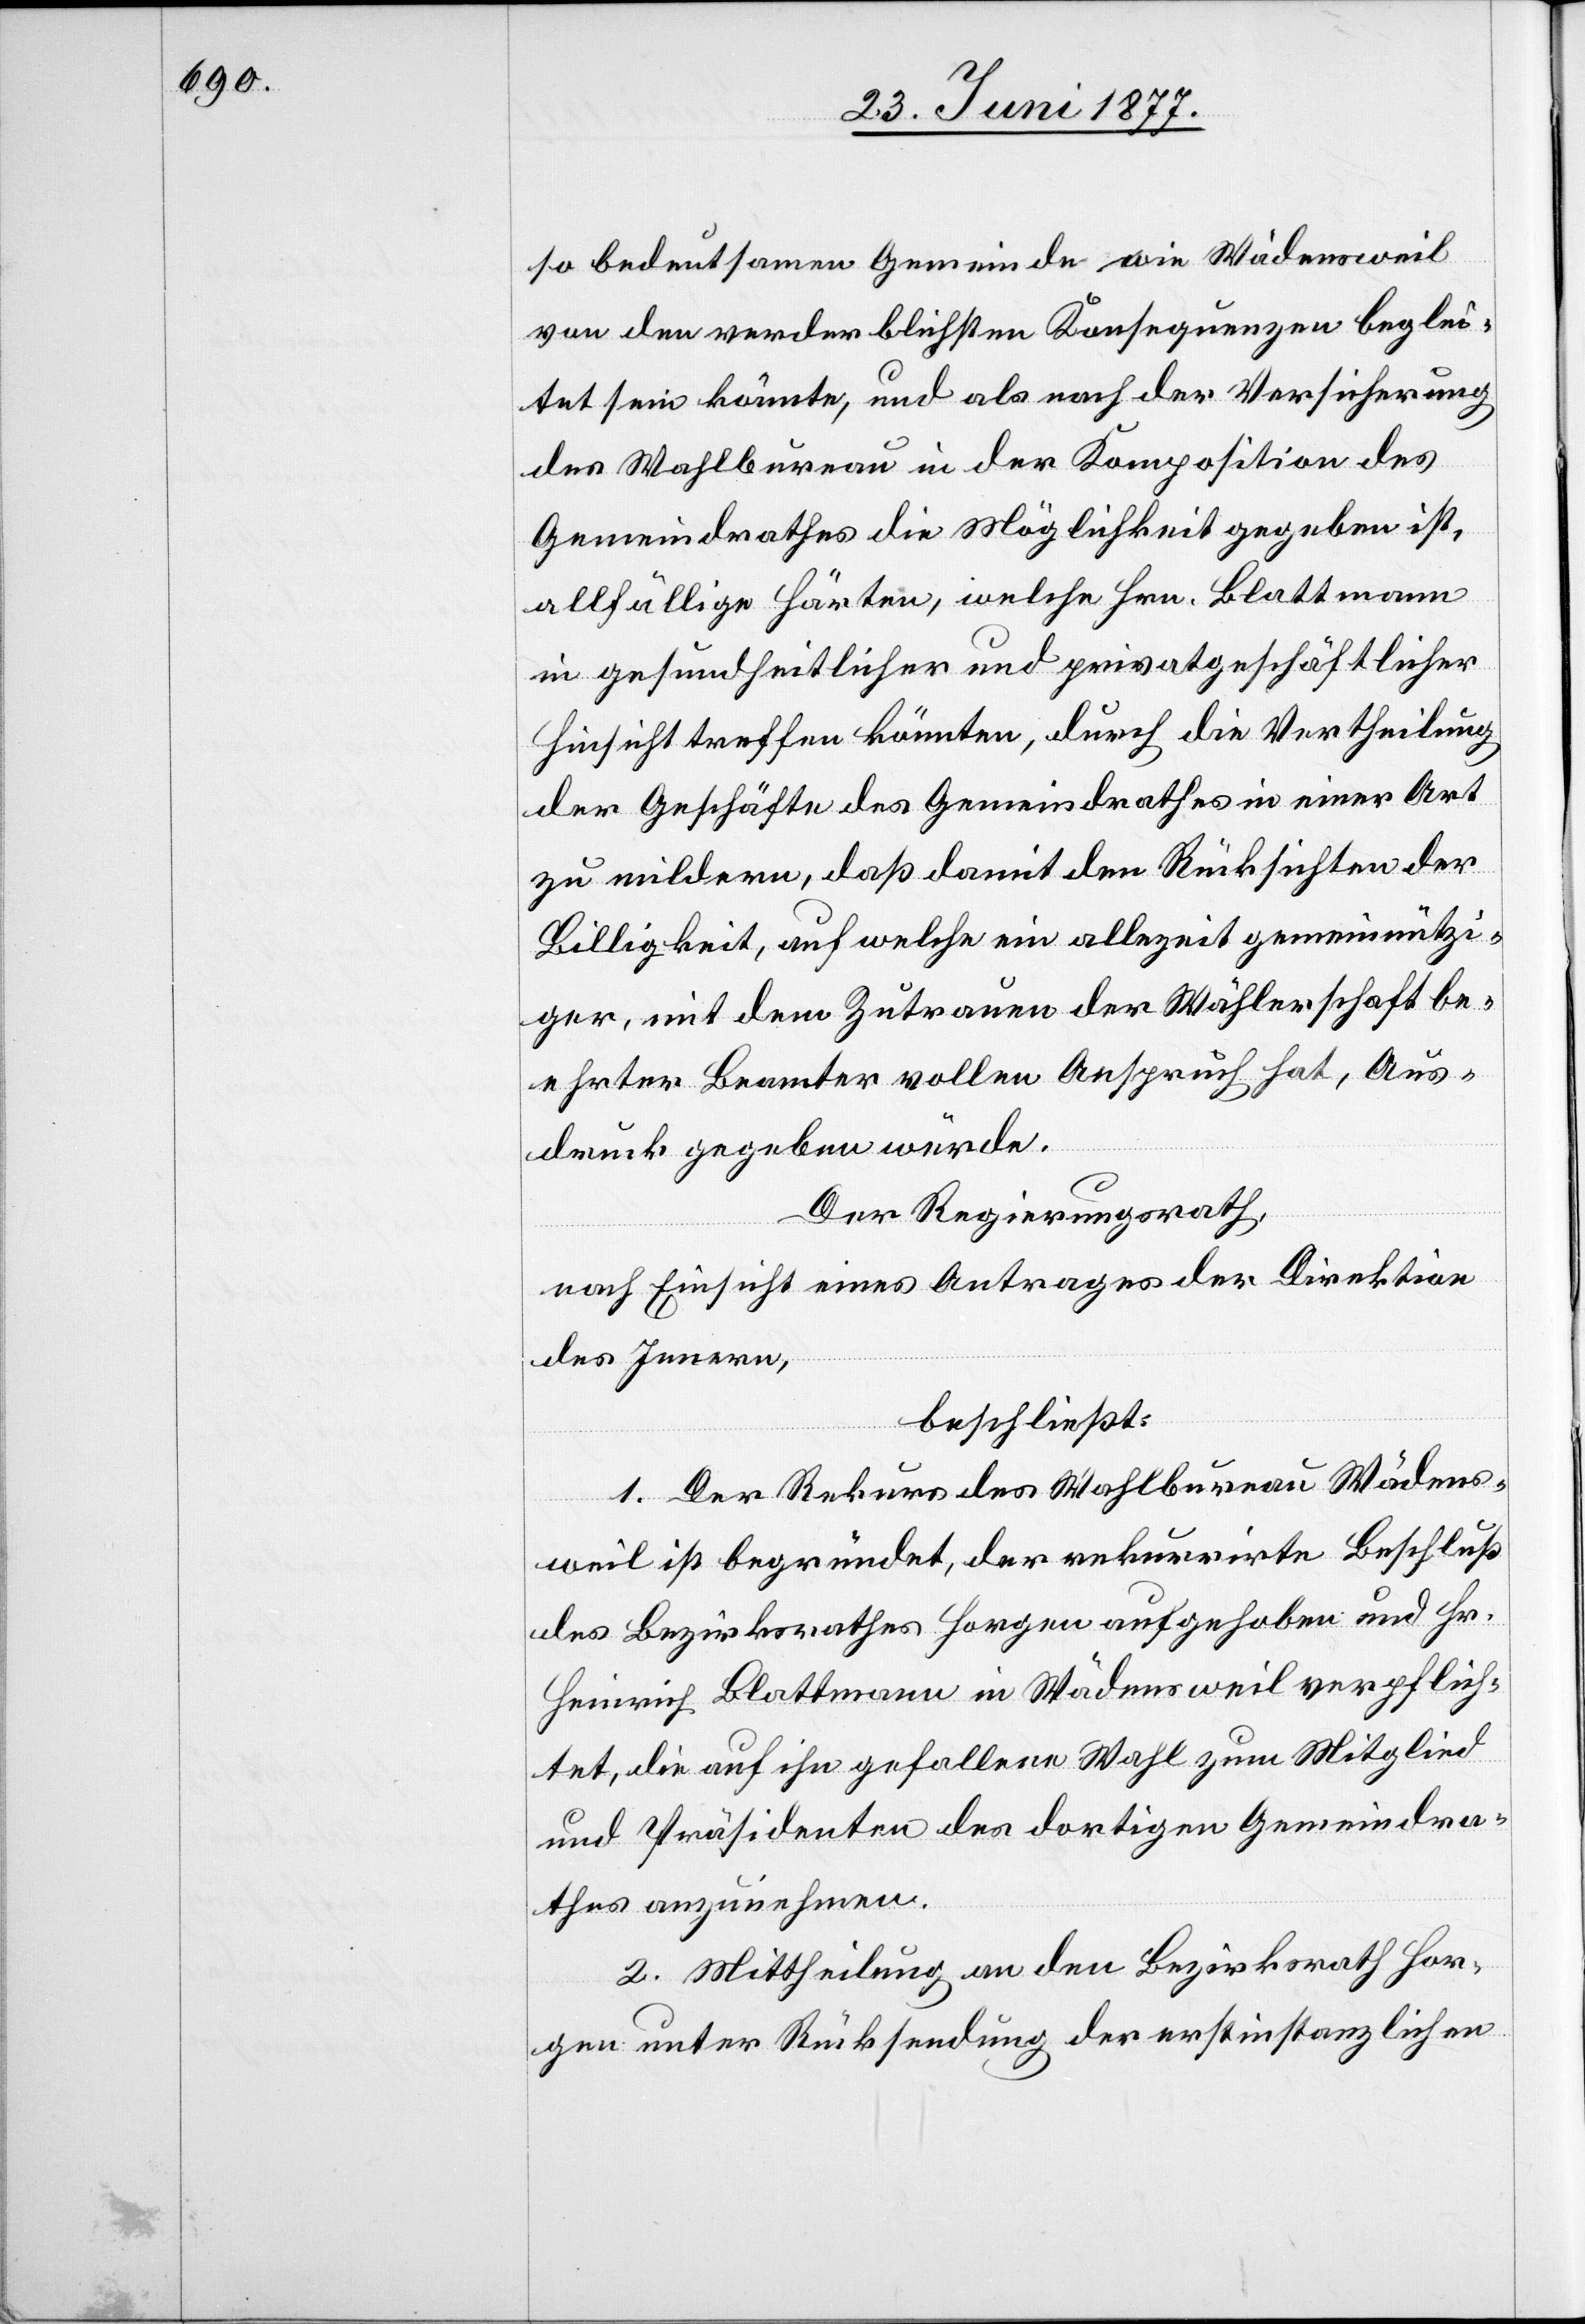
so bedeutsamen Gemeinde wie Wädensweil
von den verderblichsten Konsequenzen beglei¬
tet sein könnte, und als nach der Versicherung
des Wahlbureau in der Komposition des
Gemeindrathes die Möglichkeit gegeben ist,
allfällige Härten, welche Hrn. Blattmann
in gesundheitlicher und privatgeschäftlicher
Hinsicht treffen könnten, durch die Vertheilung
der Geschäfte des Gemeindrathes in einer Art
zu mildern, daß damit den Rücksichten der
Billigkeit, auf welche ein allezeit gemeinnützi¬
ger, mit dem Zutrauen der Wählerschaft be¬
ehrter Beamter vollen Anspruch hat, Aus¬
druck gegeben würde.
Der Regierungsrath,
nach Einsicht eines Antrages der Direktion
des Innern,
beschließt:
1. Der Rekurs des Wahlbureau Wädens¬
weil ist begründet, der rekurrirte Beschluß
des Bezirksrathes Horgen aufgehoben und Hr.
Heinrich Blattmann in Wädensweil verpflich¬
tet, die auf ihn gefallene Wahl zum Mitglied
und Präsidenten des dortigen Gemeindra¬
thes anzunehmen.
2. Mittheilung an den Bezirksrath Hor¬
gen unter Rücksendung der erstinstanzlichen